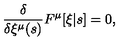
\frac { \delta } { \delta \xi ^ { \mu } ( s ) } F ^ { \mu } [ \xi | s ] = 0 ,